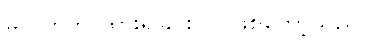
မလွတ်ဘဲ ထားရခြင်းပင် ဖြစ်တော့သည်။